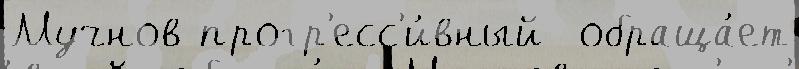
Мучнов прогр'есс'и́вный  обраща́ет